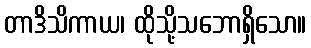
တာဒိသိကာယ၊ ထိုသို့သဘောရှိသော။